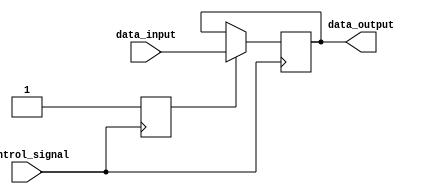
module Transmission_Gate_Delay (
    input wire control_signal,
    input wire data_input,
    output reg data_output
);

reg transmission_gate_active;

always @ (posedge control_signal) begin
    transmission_gate_active <= 1'b1;
end

always @ (posedge control_signal or negedge transmission_gate_active) begin
    if (transmission_gate_active) begin
        #1 data_output <= data_input;
    end
end

endmodule